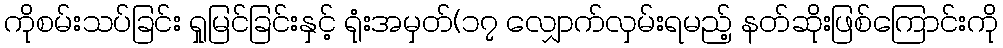
ကိုစမ်းသပ်ခြင်း ရှုမြင်ခြင်းနှင့် ရုံးအမှတ်(၁၇ လျှောက်လှမ်းရမည့် နတ်ဆိုးဖြစ်ကြောင်းကို